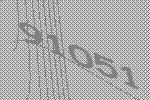
91051